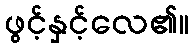
ဖွင့်နှင့်လေ၏။